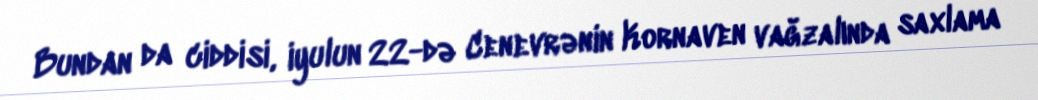
Bundan da ciddisi, iyulun 22-də Cenevrənin Kornaven vağzalında saxlama